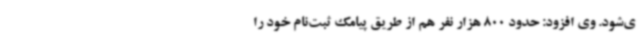
ی‌شود. وی افزود: حدود 800 هزار نفر هم از طریق پیامک ثبت‌نام خود را